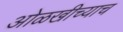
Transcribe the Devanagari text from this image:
ओळखीच्याच